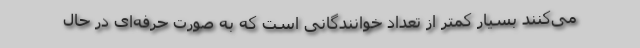
می‌کنند بسیار کمتر از تعداد خوانندگانی است که به صورت حرفه‌ای در حال